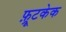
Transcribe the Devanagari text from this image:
फ़्रूटकेक